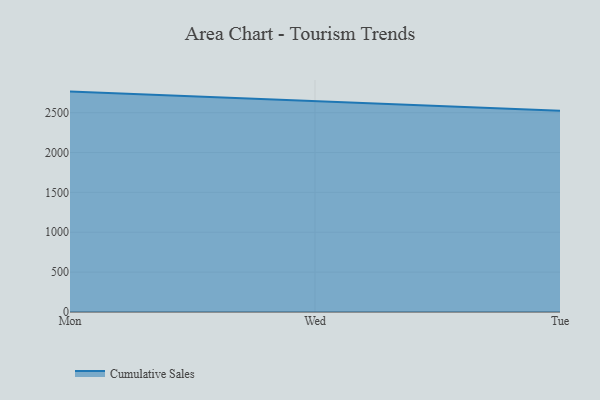
{"axis": {"x": "Day", "y": "Customer Acquisition Cost (USD)"}, "legend": ["Cumulative Sales"], "data": [{"x": "Mon", "y": 2764.2, "type": "Cumulative Sales"}, {"x": "Wed", "y": 2643.6, "type": "Cumulative Sales"}, {"x": "Tue", "y": 2524.0, "type": "Cumulative Sales"}]}